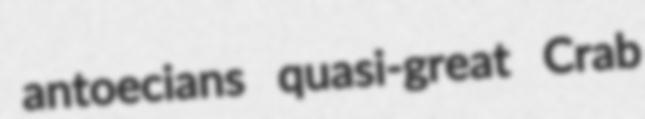
antoecians quasi-great Crab